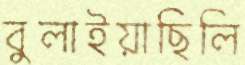
বুলাইয়াছিলি